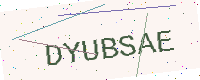
Text: DYUBSAE